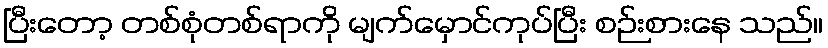
ပြီးတော့ တစ်စုံတစ်ရာကို မျက်မှောင်ကုပ်ပြီး စဉ်းစားနေ သည်။